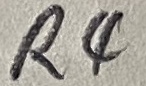
Text: R4